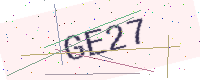
Text: GE27